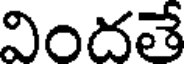
విందతే